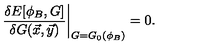
\left. \frac { \delta E [ \phi _ { B } , G ] } { \delta G ( \vec { x } , \vec { y } ) } \right| _ { G = G _ { 0 } ( \phi _ { B } ) } = 0 .